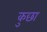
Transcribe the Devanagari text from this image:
कुछा